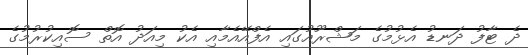
ދެ ޓާފު ދަނޑު އެޅުމުގެ މަޝްރޫއުގައި އެފްއޭއެމާއި އެކު މިއަދު އޮތް ސޮއިކުރުމުގެ